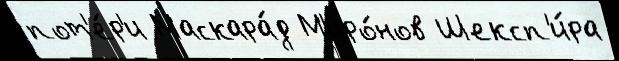
пот'е́р'и Маскара́д М'иро́нов Шексп'и́ра